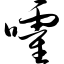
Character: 嚯